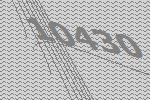
10430